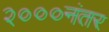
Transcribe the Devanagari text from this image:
२०००नंतर